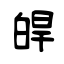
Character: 皔